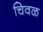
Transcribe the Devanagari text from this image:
चिवळ